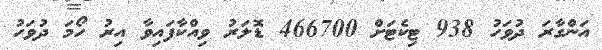
އަންގާރަ ދުވަހު 938 ޓިކެޓަށް 466700 ޑޮލަރު ވިއްކާފައިވާ އިރު ހޯމަ ދުވަހު